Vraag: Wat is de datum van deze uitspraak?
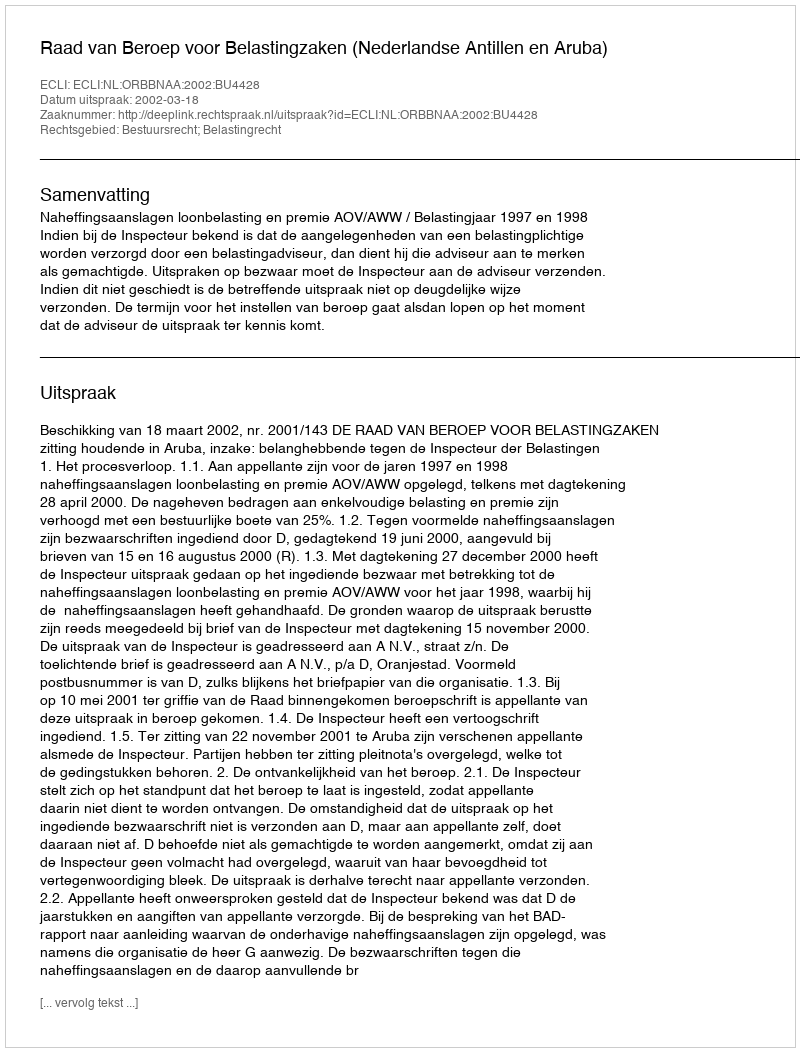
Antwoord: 2002-03-18